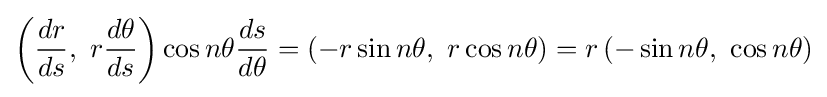
\left({\frac {dr}{ds}},\ r{\frac {d\theta }{ds}}\right)\cos n\theta {\frac {ds}{d\theta }}=\left(-r\sin n\theta ,\ r\cos n\theta \right)=r\left(-\sin n\theta ,\ \cos n\theta \right)